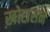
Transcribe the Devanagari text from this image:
ख़ोरासन